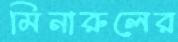
মিনারুলের